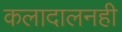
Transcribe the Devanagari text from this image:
कलादालनही